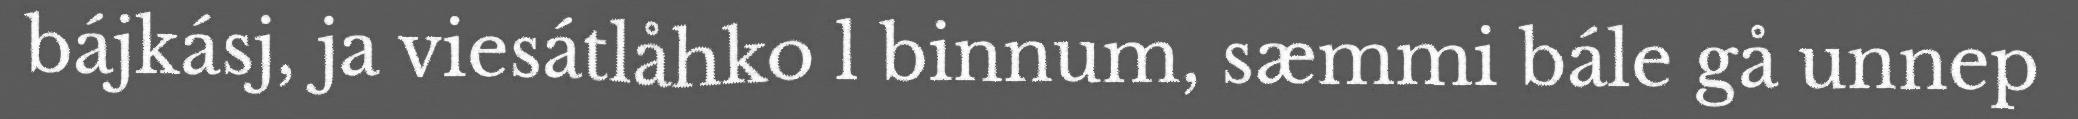
bájkásj, ja viesátlåhko l binnum, sæmmi bále gå unnep